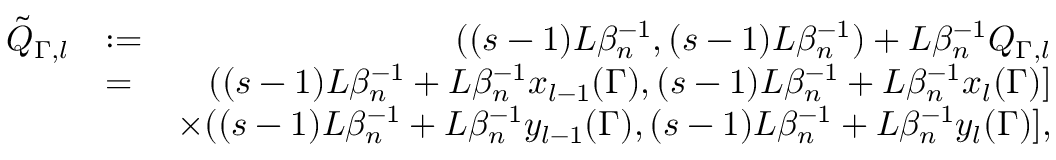
\begin{array} { r l r } { \tilde { Q } _ { \Gamma , l } } & { : = } & { ( ( s - 1 ) L \beta _ { n } ^ { - 1 } , ( s - 1 ) L \beta _ { n } ^ { - 1 } ) + L \beta _ { n } ^ { - 1 } Q _ { \Gamma , l } } \\ & { = } & { ( ( s - 1 ) L \beta _ { n } ^ { - 1 } + L \beta _ { n } ^ { - 1 } x _ { l - 1 } ( \Gamma ) , ( s - 1 ) L \beta _ { n } ^ { - 1 } + L \beta _ { n } ^ { - 1 } x _ { l } ( \Gamma ) ] } \\ & { } & { \times ( ( s - 1 ) L \beta _ { n } ^ { - 1 } + L \beta _ { n } ^ { - 1 } y _ { l - 1 } ( \Gamma ) , ( s - 1 ) L \beta _ { n } ^ { - 1 } + L \beta _ { n } ^ { - 1 } y _ { l } ( \Gamma ) ] , } \end{array}